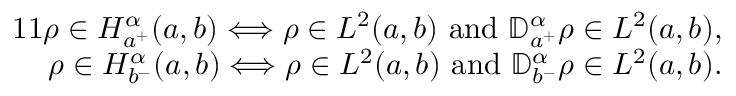
\begin{array} { r } { { 1 1 } \rho \in { H _ { a ^ { + } } ^ { \alpha } ( a , b ) } \Longleftrightarrow \rho \in L ^ { 2 } ( a , b ) \mathrm { ~ a n d ~ } { \mathbb D } _ { a ^ { + } } ^ { \alpha } \rho \in L ^ { 2 } ( a , b ) , } \\ { \rho \in { H _ { b ^ { - } } ^ { \alpha } ( a , b ) } \Longleftrightarrow \rho \in L ^ { 2 } ( a , b ) \mathrm { ~ a n d ~ } { \mathbb D } _ { b ^ { - } } ^ { \alpha } \rho \in L ^ { 2 } ( a , b ) . } \end{array}